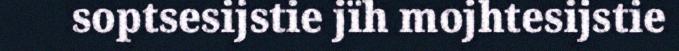
soptsesijstie jïh mojhtesijstie